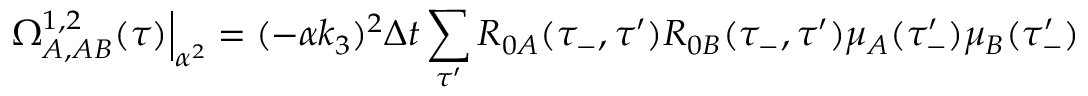
\Omega _ { A , A B } ^ { 1 , 2 } ( \tau ) \Big | _ { \alpha ^ { 2 } } = ( - \alpha k _ { 3 } ) ^ { 2 } \Delta t \sum _ { \tau ^ { \prime } } R _ { 0 A } ( \tau _ { - } , \tau ^ { \prime } ) R _ { 0 B } ( \tau _ { - } , \tau ^ { \prime } ) \mu _ { A } ( \tau _ { - } ^ { \prime } ) \mu _ { B } ( \tau _ { - } ^ { \prime } )